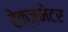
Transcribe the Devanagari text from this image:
हेक्ज़मेटर